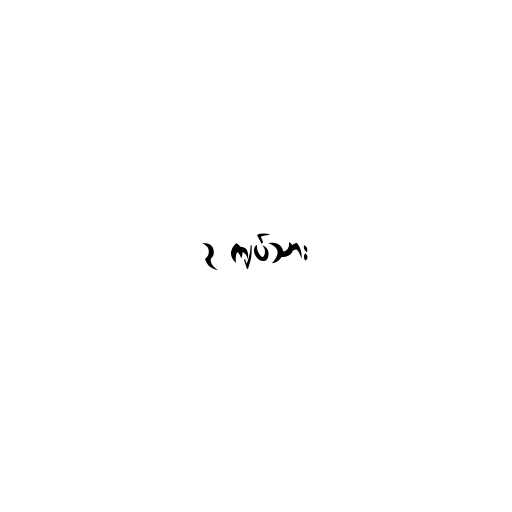
၃ ကျပ်သား